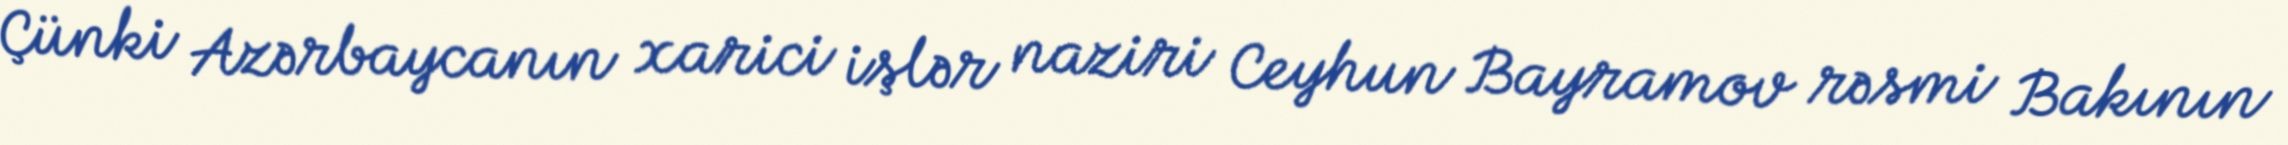
Çünki Azərbaycanın xarici işlər naziri Ceyhun Bayramov rəsmi Bakının